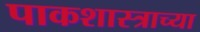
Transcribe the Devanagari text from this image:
पाकशास्त्राच्या